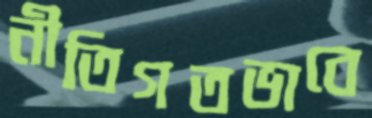
নীতিগতভাবে